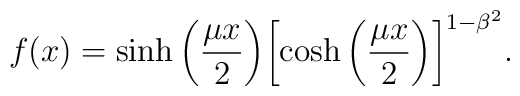
f(x) =\sinh{\biggl(\frac{\mu x}{2}\biggr)}\biggl[\cosh{\biggl(\frac{\mu x}{2}\biggr)}\biggr]^{1 - \beta^2}.